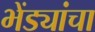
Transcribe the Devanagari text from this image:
भेंड्यांचा